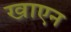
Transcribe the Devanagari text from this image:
खाएन